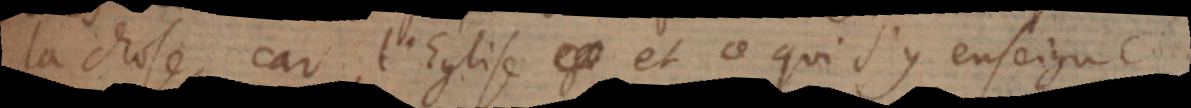
la chose, car l’Eglise et ce qui s’y enseigne